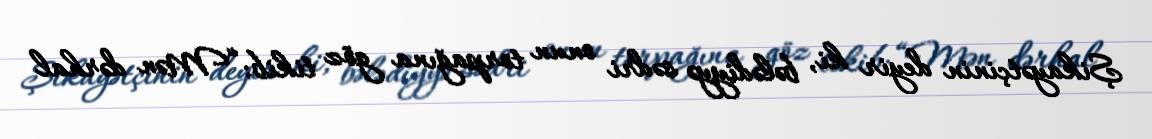
Şikayətçinin deyir ki, bələdiyyə sədri onun torpağına göz tikib: “Mən dərhal